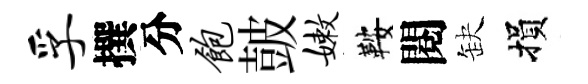
孚撰分饱皷嫩鞍閱缺損